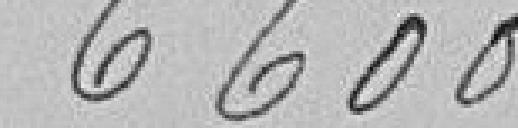
6 600